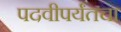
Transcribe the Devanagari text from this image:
पदवीपर्यंतचा